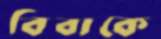
বিবাকে